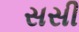
સસી